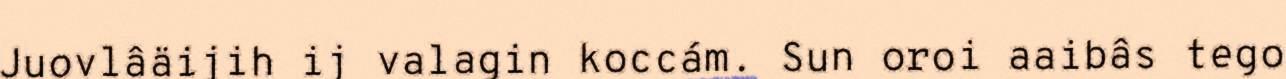
Juovlâäijih ij valagin koccám. Sun oroi aaibâs tego